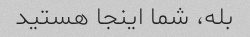
بله، شما اینجا هستید